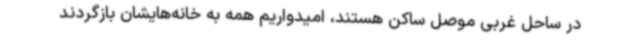
در ساحل غربی موصل ساکن هستند، امیدواریم همه به خانه‌هایشان بازگردند